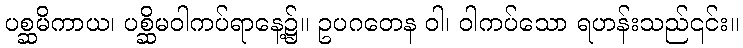
ပစ္ဆမိကာယ၊ ပစ္ဆိမဝါကပ်ရာနေ့၌။ ဥပဂတေန ဝါ၊ ဝါကပ်သော ရဟန်းသည်၎င်း။